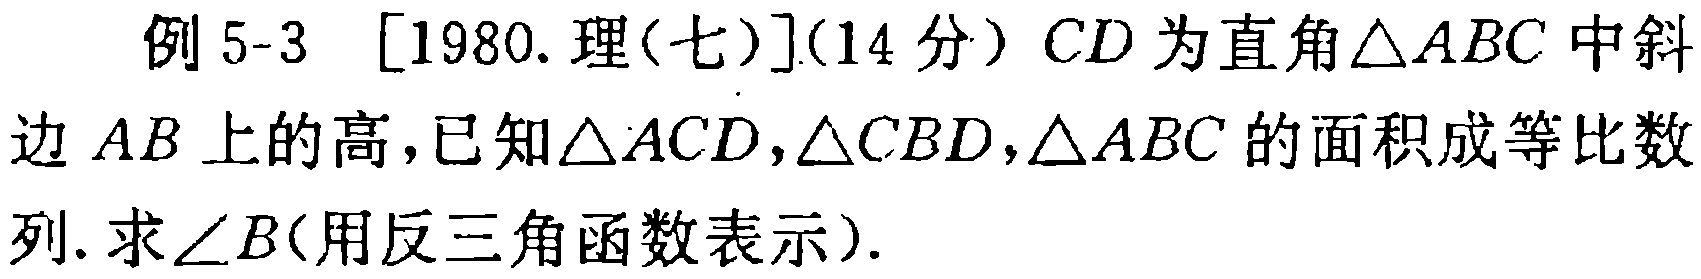
例 5-3 [1980.理(七)](14 分) \(CD\)为直角\(\triangle ABC\)中斜边\(AB\)上的高，已知\(\triangle ACD,\triangle CBD,\triangle ABC\)的面积成等比数列. 求\(\angle B\)(用反三角函数表示).